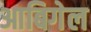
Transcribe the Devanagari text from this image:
आबिगेल